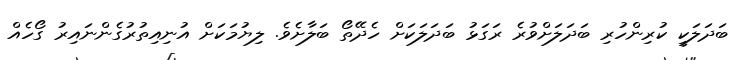
ބަދަލަކީ ކުރިންހުރި ބަދަލަށްވުރެ ރަގަޅު ބަދަލަކަށް ހެދޭތޯ ބަލާށެވެ. ލިޔުމަކަށް އުނިއިތުރުގެންނައިރު ގޯހެއް